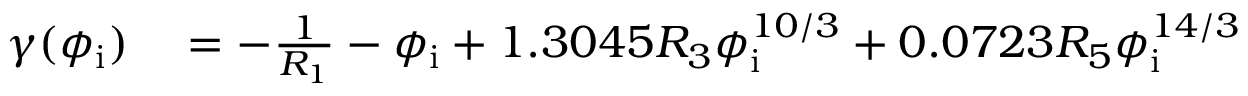
\begin{array} { r l } { \gamma ( \phi _ { \mathrm { i } } ) } & { { } = - \frac { 1 } { R _ { 1 } } - \phi _ { \mathrm { i } } + 1 . 3 0 4 5 R _ { 3 } \phi _ { \mathrm { i } } ^ { 1 0 / 3 } + 0 . 0 7 2 3 R _ { 5 } \phi _ { \mathrm { i } } ^ { 1 4 / 3 } } \end{array}